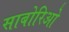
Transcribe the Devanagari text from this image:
साबोरिओ